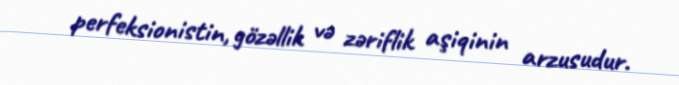
perfeksionistin, gözəllik və zəriflik aşiqinin arzusudur.